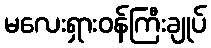
မလေးရှားဝန်ကြီးချုပ်